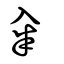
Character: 糴